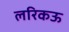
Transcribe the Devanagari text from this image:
लरिकऊ